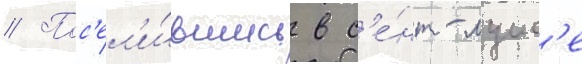
// Пос'ел'и́вшись в с'е́нт-луис'е